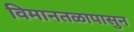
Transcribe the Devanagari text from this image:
विमानतळापासुन